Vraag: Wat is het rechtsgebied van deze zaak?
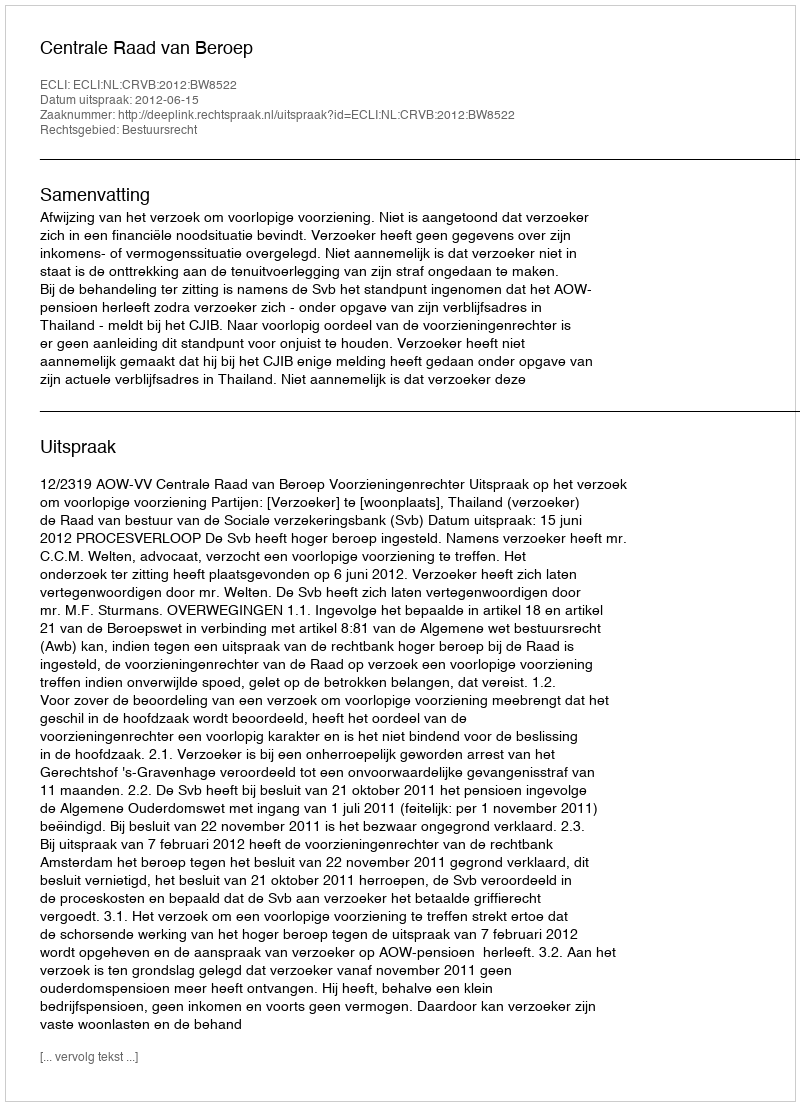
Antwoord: Bestuursrecht